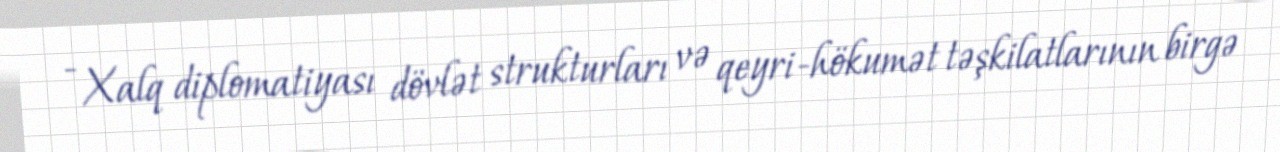
- Xalq diplomatiyası dövlət strukturları və qeyri-hökumət təşkilatlarının birgə